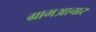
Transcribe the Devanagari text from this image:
ग्रामआचार